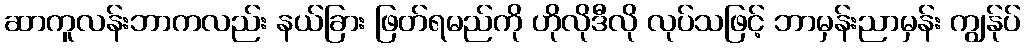
ဆာကူလန်းဘာကလည်း နယ်ခြား ဖြတ်ရမည်ကို ဟိုလိုဒီလို လုပ်သဖြင့် ဘာမှန်းညာမှန်း ကျွန်ုပ်